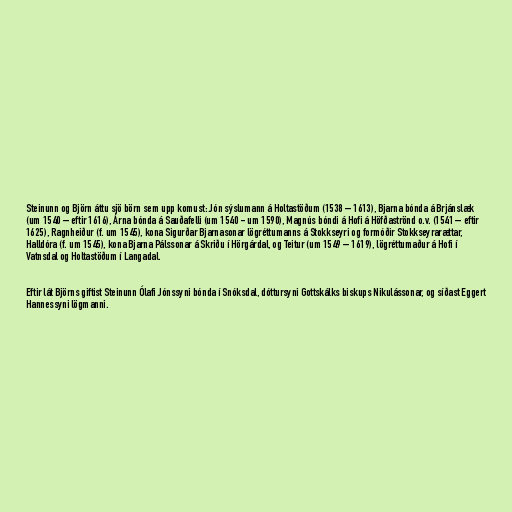
Steinunn og Björn áttu sjö börn sem upp komust: Jón sýslumann á Holtastöðum (1538 – 1613), Bjarna bónda á Brjánslæk
(um 1540 – eftir 1616), Árna bónda á Sauðafelli (um 1540 - um 1590), Magnús bóndi á Hofi á Höfðaströnd o.v. (1541 – eftir
1625), Ragnheiður (f. um 1545), kona Sigurðar Bjarnasonar lögréttumanns á Stokkseyri og formóðir Stokkseyrarættar,
Halldóra (f. um 1545), kona Bjarna Pálssonar á Skriðu í Hörgárdal, og Teitur (um 1549 – 1619), lögréttumaður á Hofi í
Vatnsdal og Holtastöðum í Langadal.

Eftir lát Björns giftist Steinunn Ólafi Jónssyni bónda í Snóksdal, dóttursyni Gottskálks biskups Nikulássonar, og síðast Eggert
Hannessyni lögmanni.